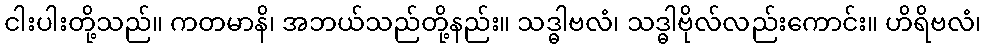
ငါးပါးတို့သည်။ ကတမာနိ၊ အဘယ်သည်တို့နည်း။ သဒ္ဓါဗလံ၊ သဒ္ဓါဗိုလ်လည်းကောင်း။ ဟိရိဗလံ၊